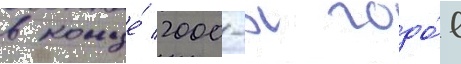
в конце́ 2000-х годо́в